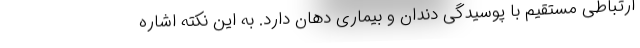
ارتباطی مستقیم با پوسیدگی دندان و بیماری دهان دارد. به این نکته اشاره